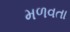
મળવતા